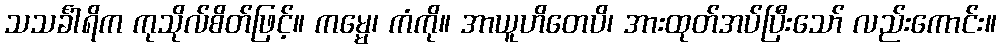
သသင်္ခါရိက ကုသိုလ်စိတ်ဖြင့်။ ကမ္မေ၊ ကံကို။ အာယူဟိတေပိ၊ အားထုတ်အပ်ပြီးသော် လည်းကောင်း။